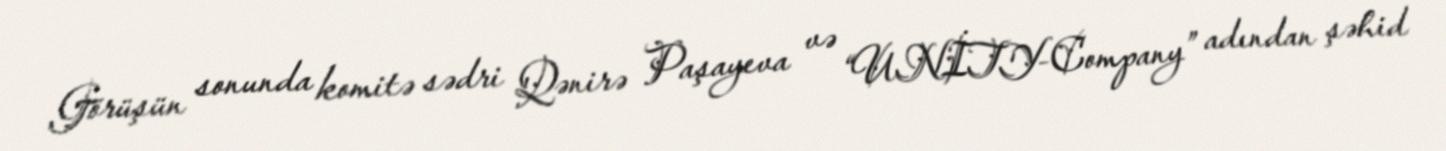
Görüşün sonunda komitə sədri Qənirə Paşayeva və “UNİTY-Company” adından şəhid